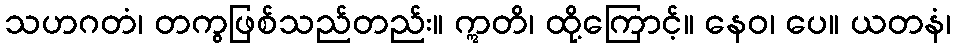
သဟဂတံ၊ တကွဖြစ်သည်တည်း။ ဣတိ၊ ထို့ကြောင့်။ နေဝ၊ ပေ။ ယတနံ၊